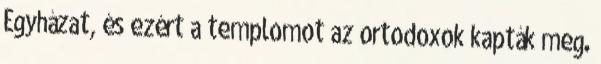
Egyházat, és ezért a templomot az ortodoxok kapták meg.